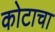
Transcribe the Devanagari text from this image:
कोटाचा